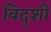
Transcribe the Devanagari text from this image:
विद्शी